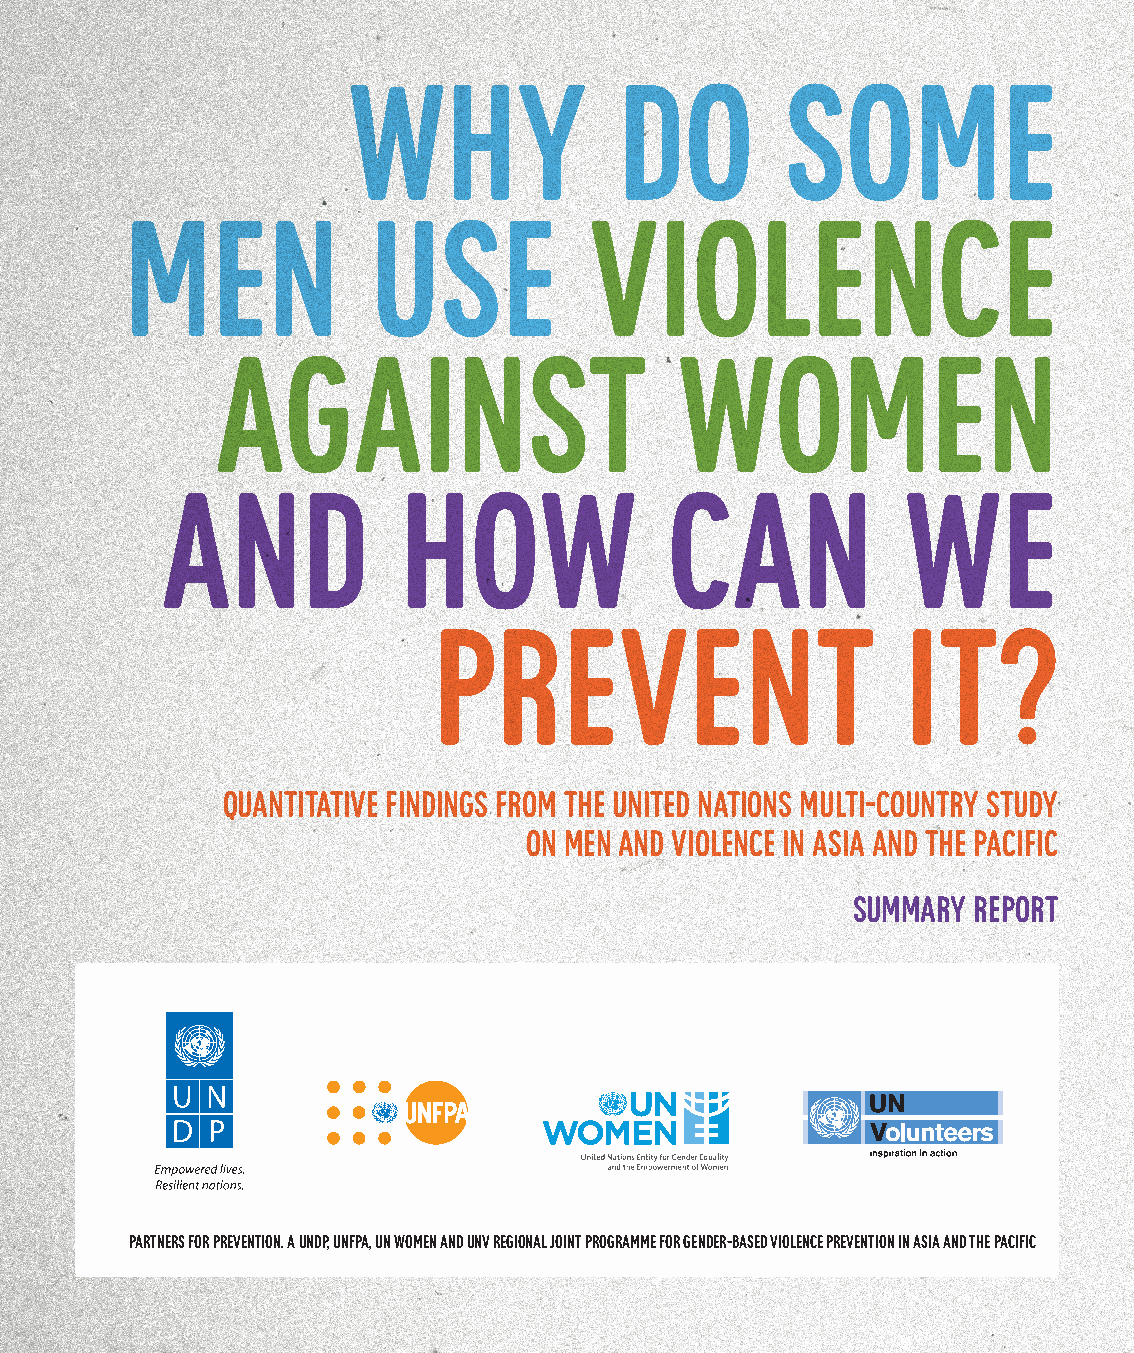
WHY               DO         SOME
 MEN              USE           VIOLENCE
 AGAINST                        WOMEN
 AND            HOW               CAN             WE
 PREVENT                        IT?
 Quantitative Findings from the United Nations Multi-Country Study
 on Men and Violence in Asia and the Pacific
 summary report
 partners for prevention. A UNDP, UNFPA, UN Women and UNV regional joint programme for gender-based violence prevention in Asia and the Pacific
 b